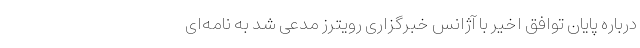
درباره پایان توافق اخیر با آژانس خبرگزاری رویترز مدعی شد به نامه‌ای